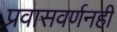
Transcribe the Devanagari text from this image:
प्रवासवर्णनही